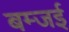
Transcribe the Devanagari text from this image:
बम्जई